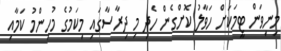
މިނިވަން ޓީމަކަށް ހަވާލު ކޮށްގެން ހެދި މި ދިރާސާގައި މިކަމުގެ މުހިންމު ކަމާއި